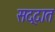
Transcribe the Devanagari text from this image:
सद्दात